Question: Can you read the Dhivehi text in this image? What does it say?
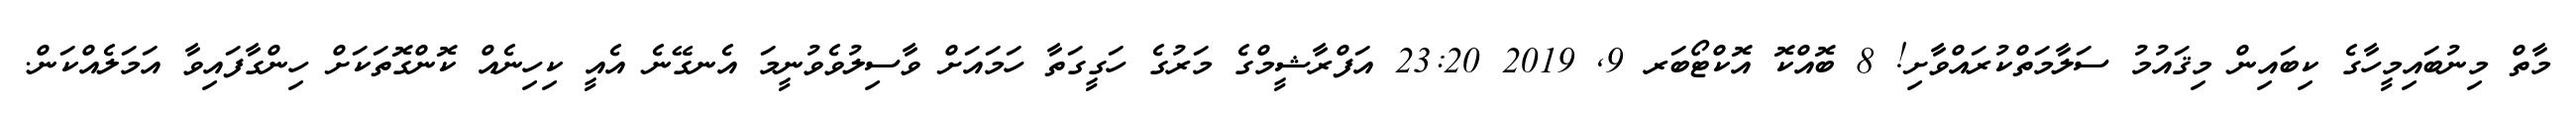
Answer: މާތް މިނުބައިމީހާގެ ކިބައިން މިޤައުމު ސަލާމަތްކުރައްވާށި! 8 ބޮއްކޮ އޮކްޓޯބަރ 9, 2019 23:20 އަފްރާޝީމްގެ މަރުގެ ހަގީގަތާ ހަމައަށް ވާސިލުވެވުނީމަ އެނގޭނެ އެއީ ކިހިނެއް ކޮންގޮތަކަށް ހިންގާފައިވާ އަމަލެއްކަން.